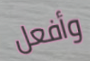
وأفعل